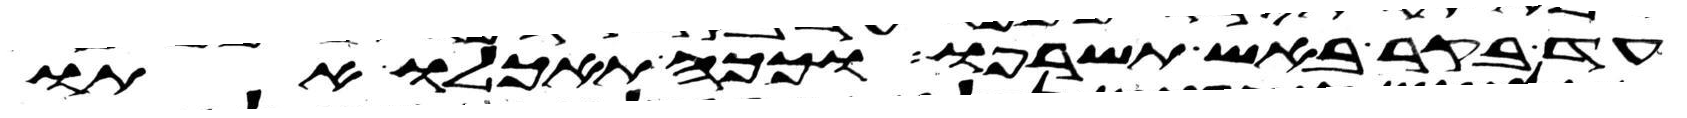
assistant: עד בקר באש תשרפו וככה תאכלו אתו